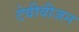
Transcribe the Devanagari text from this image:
टेवीवीजन